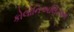
કોલોનિઅલિઝમ